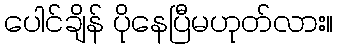
ပေါင်ချိန် ပိုနေပြီမဟုတ်လား။